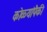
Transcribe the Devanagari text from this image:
कोळ्यांपैकी